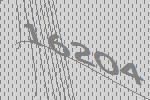
16204